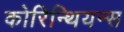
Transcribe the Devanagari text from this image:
कोरिन्थियन्स